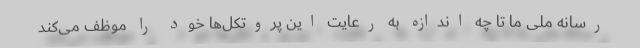
رسانه ملی ما تا چه اندازه به رعایت این پروتکل‌ها خود را موظف می‌کند